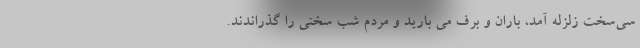
سی‌سخت زلزله آمد، باران و برف می بارید و مردم شب سختی را گذراندند.